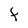
Character: F